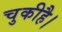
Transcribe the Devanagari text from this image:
चुकीहै।